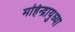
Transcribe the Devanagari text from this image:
महिन्द्रायुध्या